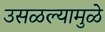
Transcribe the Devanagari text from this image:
उसळल्यामुळे